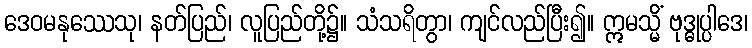
ဒေဝမနုဿေသု၊ နတ်ပြည်၊ လူပြည်တို့၌။ သံသရိတွာ၊ ကျင်လည်ပြီး၍။ ဣမသ္မိံ ဗုဒ္ဓုပ္ပါဒေ၊